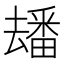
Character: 𤳗